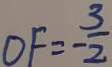
O F = - \frac { 3 } { 2 }